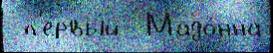
 п'е́рвый  Мадо́нна